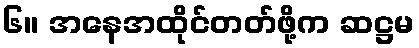
၆။ အနေအထိုင်တတ်ဖို့က ဆဋ္ဌမ